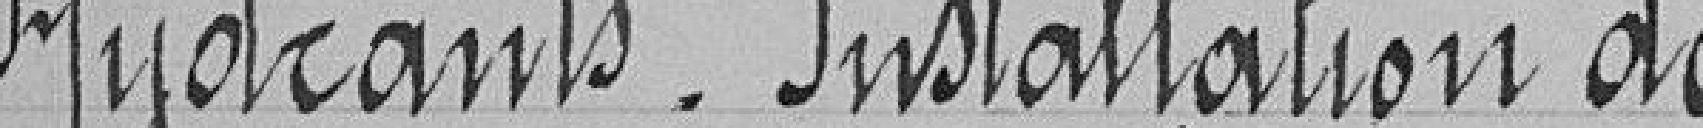
Hydrants Installation de